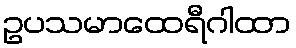
ဥပသမာထေရီဂါထာ